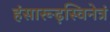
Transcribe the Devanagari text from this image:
हंसारूढ़स्विनेत्रं